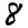
Digit: 8